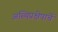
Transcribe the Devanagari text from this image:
अस्थिप्रक्षेपाचें